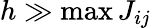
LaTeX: h\gg\operatorname*{max}J_{ij}